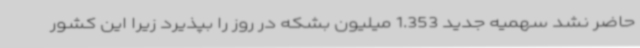
حاضر نشد سهمیه جدید 1.353 میلیون بشکه در روز را بپذیرد زیرا این کشور